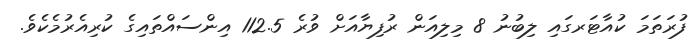
ފުރަތަމަ ކުއާޓަރގައި ލިބުނު 8 މިލިއަން ރުފިޔާއަށް ވުރެ 112.5 އިންސައްތައިގެ ކުރިއެރުމެކެވެ.